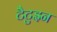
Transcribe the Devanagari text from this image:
टैटुइन